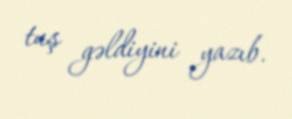
tuş gəldiyini yazıb.